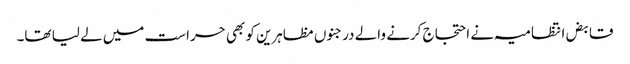
قابض انتظامیہ نے احتجاج کرنے والے درجنوں مظاہرین کو بھی حراست میں لے لیا تھا۔